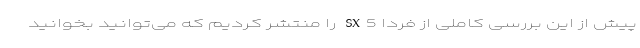
پیش از این بررسی کاملی از فردا SX5 را منتشر کردیم که می‌توانید بخوانید